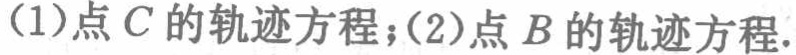
(1)点\(C\)的轨迹方程；(2)点\(B\)的轨迹方程.